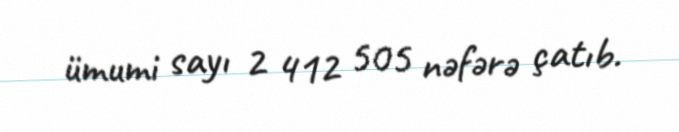
ümumi sayı 2 412 505 nəfərə çatıb.